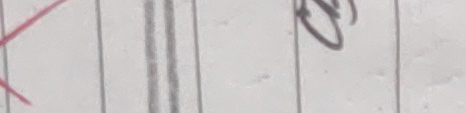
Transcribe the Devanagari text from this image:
रस